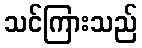
သင်ကြားသည်